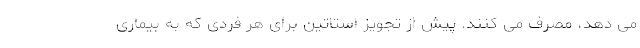
می دهد، مصرف می کنند. پیش از تجویز استاتین برای هر فردی که به بیماری